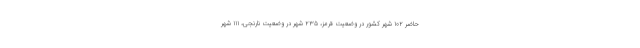
حاضر ۱۰۲ شهر کشور در وضعیت قرمز، ۲۳۵ شهر در وضعیت نارنجی، ۱۱۱ شهر